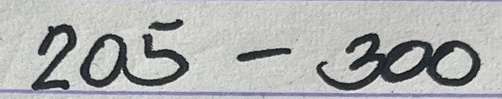
205 - 300